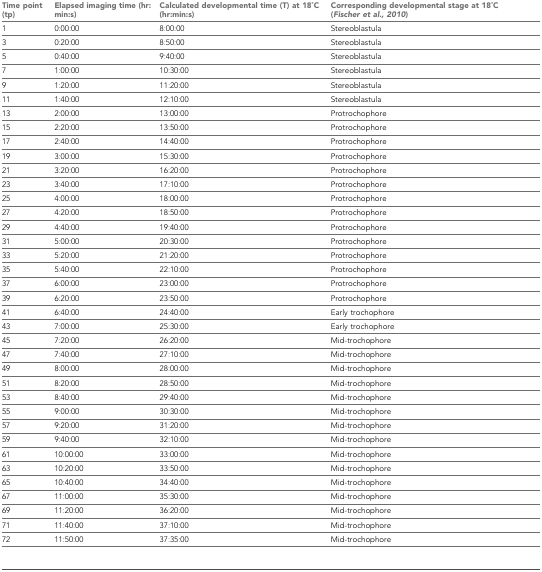
<table><thead><tr><td><b>Time point (tp)</b></td><td><b>Elapsed imaging time (hr:min:s)</b></td><td><b>Calculated developmental time (T) at 18 ̊C (hr:min:s)</b></td><td><b>Corresponding developmental stage at 18 ̊C (Fischer et al., 2010)</b></td></tr></thead><tbody><tr><td>1</td><td>0:00:00</td><td>8:00:00</td><td>Stereoblastula</td></tr><tr><td>3</td><td>0:20:00</td><td>8:50:00</td><td>Stereoblastula</td></tr><tr><td>5</td><td>0:40:00</td><td>9:40:00</td><td>Stereoblastula</td></tr><tr><td>7</td><td>1:00:00</td><td>10:30:00</td><td>Stereoblastula</td></tr><tr><td>9</td><td>1:20:00</td><td>11:20:00</td><td>Stereoblastula</td></tr><tr><td>11</td><td>1:40:00</td><td>12:10:00</td><td>Stereoblastula</td></tr><tr><td>13</td><td>2:00:00</td><td>13:00:00</td><td>Protrochophore</td></tr><tr><td>15</td><td>2:20:00</td><td>13:50:00</td><td>Protrochophore</td></tr><tr><td>17</td><td>2:40:00</td><td>14:40:00</td><td>Protrochophore</td></tr><tr><td>19</td><td>3:00:00</td><td>15:30:00</td><td>Protrochophore</td></tr><tr><td>21</td><td>3:20:00</td><td>16:20:00</td><td>Protrochophore</td></tr><tr><td>23</td><td>3:40:00</td><td>17:10:00</td><td>Protrochophore</td></tr><tr><td>25</td><td>4:00:00</td><td>18:00:00</td><td>Protrochophore</td></tr><tr><td>27</td><td>4:20:00</td><td>18:50:00</td><td>Protrochophore</td></tr><tr><td>29</td><td>4:40:00</td><td>19:40:00</td><td>Protrochophore</td></tr><tr><td>31</td><td>5:00:00</td><td>20:30:00</td><td>Protrochophore</td></tr><tr><td>33</td><td>5:20:00</td><td>21:20:00</td><td>Protrochophore</td></tr><tr><td>35</td><td>5:40:00</td><td>22:10:00</td><td>Protrochophore</td></tr><tr><td>37</td><td>6:00:00</td><td>23:00:00</td><td>Protrochophore</td></tr><tr><td>39</td><td>6:20:00</td><td>23:50:00</td><td>Protrochophore</td></tr><tr><td>41</td><td>6:40:00</td><td>24:40:00</td><td>Early trochophore</td></tr><tr><td>43</td><td>7:00:00</td><td>25:30:00</td><td>Early trochophore</td></tr><tr><td>45</td><td>7:20:00</td><td>26:20:00</td><td>Mid-trochophore</td></tr><tr><td>47</td><td>7:40:00</td><td>27:10:00</td><td>Mid-trochophore</td></tr><tr><td>49</td><td>8:00:00</td><td>28:00:00</td><td>Mid-trochophore</td></tr><tr><td>51</td><td>8:20:00</td><td>28:50:00</td><td>Mid-trochophore</td></tr><tr><td>53</td><td>8:40:00</td><td>29:40:00</td><td>Mid-trochophore</td></tr><tr><td>55</td><td>9:00:00</td><td>30:30:00</td><td>Mid-trochophore</td></tr><tr><td>57</td><td>9:20:00</td><td>31:20:00</td><td>Mid-trochophore</td></tr><tr><td>59</td><td>9:40:00</td><td>32:10:00</td><td>Mid-trochophore</td></tr><tr><td>61</td><td>10:00:00</td><td>33:00:00</td><td>Mid-trochophore</td></tr><tr><td>63</td><td>10:20:00</td><td>33:50:00</td><td>Mid-trochophore</td></tr><tr><td>65</td><td>10:40:00</td><td>34:40:00</td><td>Mid-trochophore</td></tr><tr><td>67</td><td>11:00:00</td><td>35:30:00</td><td>Mid-trochophore</td></tr><tr><td>69</td><td>11:20:00</td><td>36:20:00</td><td>Mid-trochophore</td></tr><tr><td>71</td><td>11:40:00</td><td>37:10:00</td><td>Mid-trochophore</td></tr><tr><td>72</td><td>11:50:00</td><td>37:35:00</td><td>Mid-trochophore</td></tr></tbody></table>